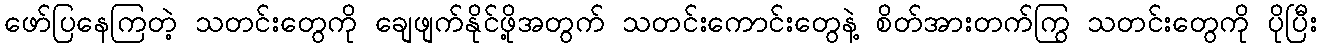
ဖော်ပြနေကြတဲ့ သတင်းတွေကို ချေဖျက်နိုင်ဖို့အတွက် သတင်းကောင်းတွေနဲ့ စိတ်အားတက်ကြွ သတင်းတွေကို ပိုပြီး